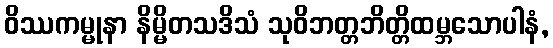
ဝိဿကမ္မုနာ နိမ္မိတသဒိသံ သုဝိဘတ္တဘိတ္တိထမ္ဘသောပါနံ,